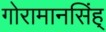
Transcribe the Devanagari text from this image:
गोरामानसिंह्